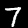
Label: 7